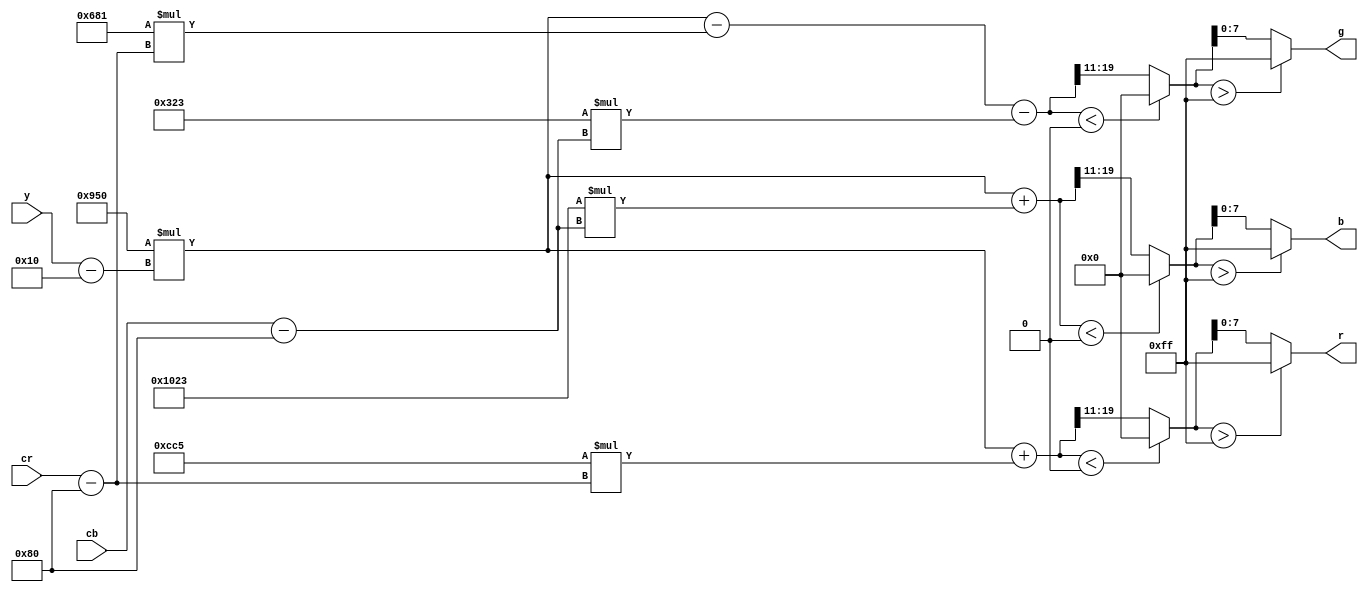
`default_nettype none

// converts YCrCb to RGB
module ycbcr2rgb
	(
		input [7:0] y,
		input [7:0] cb,
		input [7:0] cr,
		output reg [7:0] r,
		output reg [7:0] g,
		output reg [7:0] b
	);

	parameter SCALE=11;

	// scaled by 2^11
	parameter RGB_y = 14'sd2384;
	parameter R_cr = 14'sd3269;
	parameter G_cb = 14'sd803;
	parameter G_cr = 14'sd1665;
	parameter B_cb = 14'sd4131;

	wire signed [21:0] RGB_y_comp;
	wire signed [21:0] R_scaled;
	wire signed [21:0] G_scaled;
	wire signed [21:0] B_scaled;

	wire signed [8:0] Yoff;
	wire signed [8:0] Croff;
	wire signed [8:0] Cboff;

	assign Yoff = y-16;
	assign Croff = cr-128;
	assign Cboff = cb-128;

	assign RGB_y_comp = RGB_y*Yoff;
	assign R_scaled = RGB_y_comp + R_cr*Croff;
	assign G_scaled = RGB_y_comp - G_cr*Croff - G_cb*Cboff;
	assign B_scaled = RGB_y_comp + B_cb*Cboff;

	reg [8:0] R;
	reg [8:0] G;
	reg [8:0] B;

	always @(*) begin
		if (R_scaled < 0) R = 0;
		else R = R_scaled[SCALE+8:SCALE];

		if (G_scaled < 0) G = 0;
		else G = G_scaled[SCALE+8:SCALE];

		if (B_scaled < 0) B = 0;
		else B = B_scaled[SCALE+8:SCALE];

		if (R > 255) r = 8'd255;
		else r = R[7:0];
	
		if (G > 255) g = 8'd255;
		else g = G[7:0];

		if (B > 255) b = 8'd255;
		else b = B[7:0];
	end
endmodule